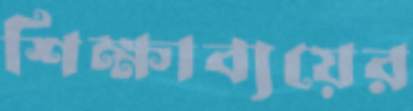
শিক্ষাব্যয়ের